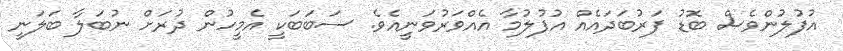
އުފުލުންވެސް ބޮޑު ފަރުބަދައެއް އުފުލުމާ އެއްވަރުވަނީއެވެ. ސަބަބަކީ އެމީހުން ދުރަށް ނުބަލާ ބަލަނީ